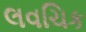
લવચિક